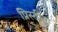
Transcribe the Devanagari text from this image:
प्रिस्टीना